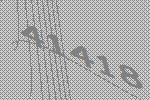
41418